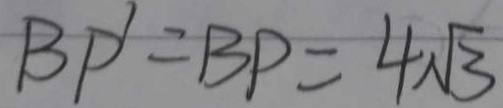
B P ^ { \prime } = B P = 4 \sqrt { 3 }